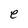
Character: e